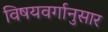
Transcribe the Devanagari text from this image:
विषयवर्गानुसार